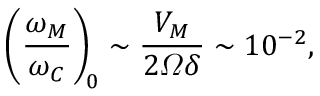
\left( \frac { \omega _ { M } } { \omega _ { C } } \right) _ { \! 0 } \sim \frac { V _ { M } } { 2 \varOmega \delta } \sim 1 0 ^ { - 2 } ,